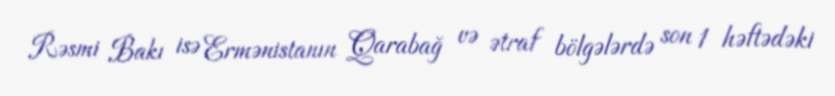
Rəsmi Bakı isə Ermənistanın Qarabağ və ətraf bölgələrdə son 1 həftədəki